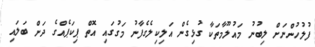
ފުލުހުންނަށް ލިބުނު މައުލޫމާތަކާ ގުޅިގެން އަލިކިލެގެފާނު މަގުގައި އޮތް ޕިކަޕެއްގެ ދަށް ބަލައި